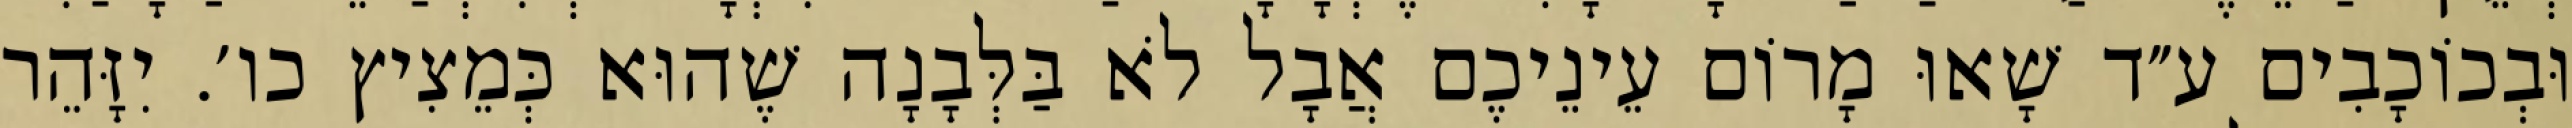
וּבְכוֹכָבִים ע״ד שָׁאוּ מָרוֹם עֵינֵיכֶם אֲבָל לֹא בַּלְּבָנָה שֶׁהוּא כְּמֵצִיץ כו׳. יִזָּהֵר